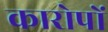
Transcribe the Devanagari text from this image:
कारोपों